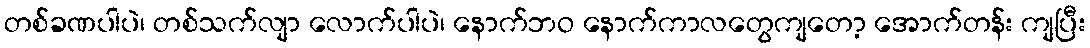
တစ်ခဏပါပဲ၊ တစ်သက်လျာ လောက်ပါပဲ၊ နောက်ဘဝ နောက်ကာလတွေကျတော့ အောက်တန်း ကျပြီး